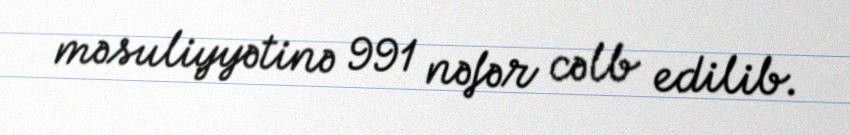
məsuliyyətinə 991 nəfər cəlb edilib.